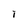
Character: I